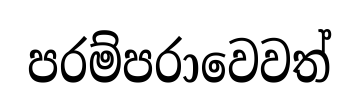
පරම්පරාවෙවත්